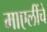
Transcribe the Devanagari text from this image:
माएलींचे